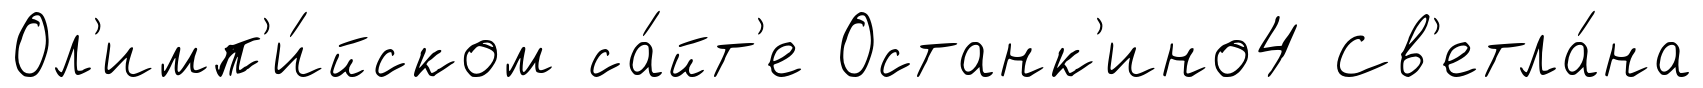
Ол'имп'и́йском са́йт'е Останк'ино4 Св'етла́на